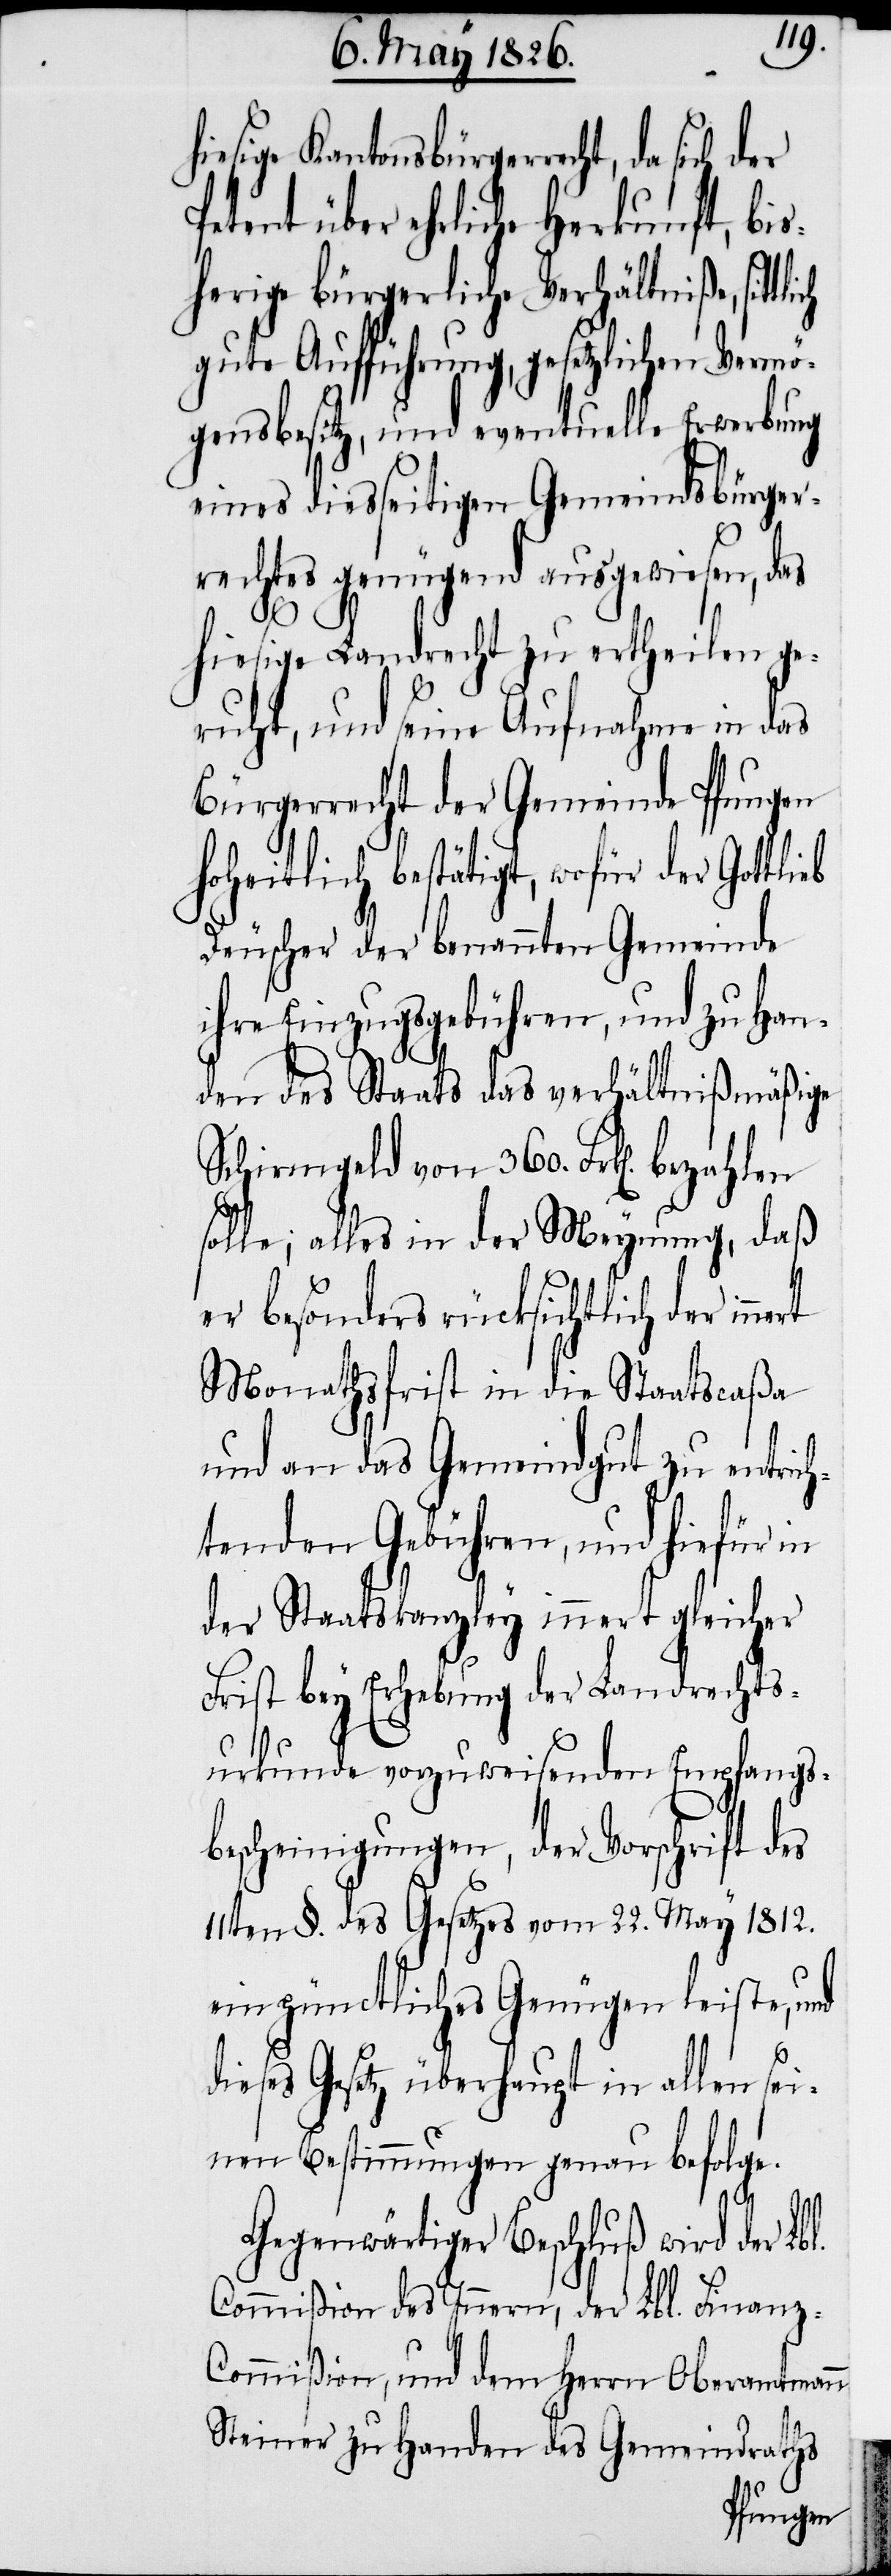
l.
hiesige Kantonsbürgerrecht, da
Petent über ehrliche Herkunft, bis¬
herige bürgerliche Verhältniße,
gute Aufführung, gesetzlichen Vermö¬
gensbesitz, und eventuelle Erwerbung
eines diesseitigen Gemeindsbürger¬
rechtes genügend ausgewiesen, das
hiesige Landrecht zu ertheilen ge¬
ruht, und seine Aufnahme in das
Bürgerrecht der Gemeinde Pfungen
hoheitlich bestätigt, wofür der Gottlieb
Deuscher der benannten Gemeinde
ihre Einzugsgebühren, und zu Han¬
den des Staats das verhältnißmäßige
Schirmgeld von 360. Frk[en]. bezahlen
solle; alles in der Meynung, daß
er besonders rücksichtlich der
Monathsfrist in die Staatscaßa
und an das Gemeindgut zu entrich¬
tenden Gebühren, und hiefür in
der Staatskanzley innert gleicher
Frist bey Erhebung der Landrechts¬
urkunde vorzuweisenden Empfangs¬
bescheinigungen, der Vorschrift des
11ten §. des Gesetzes vom 22. May 1812.
ein pünctliches Genügen leiste, und
dieses Gesetz überhaupt in allen sei¬
nen Bestimmungen genau befolge.
Gegenwärtiger Beschluß wird der Lb¬
Commißion des Innern, der Lbl. Finanz-C¬
ommißion, und dem Herrn Oberamtmann
Steiner zu Handen des Gemeindraths